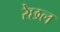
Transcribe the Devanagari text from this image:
रेछल